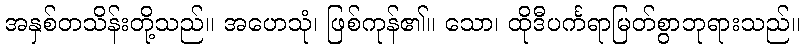
အနှစ်တသိန်းတို့သည်။ အဟေသုံ၊ ဖြစ်ကုန်၏။ သော၊ ထိုဒီပင်္ကရာမြတ်စွာဘုရားသည်။